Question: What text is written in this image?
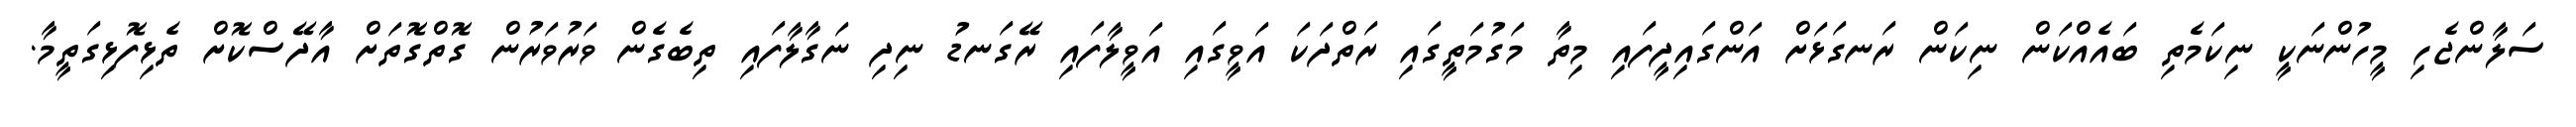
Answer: ސަލާންޖެހި މީހުންނަކީ ނިކަމެތި ބައެއްކަން ނިކަން ރަނގަޅަށް އަންގައިދީފައި މިތާ މަގުމަތީގައި ރަތްދަކަ އަވީގައި އަވީލާފައި ރޭގަނޑު ނިދި ނަގާލާފައި ތިބެގެން ވަރުވަރުން ގޮތްގޮތަށް އާދޭސްކޮށް ތެޅިފޮޅިގަތީމާ.